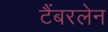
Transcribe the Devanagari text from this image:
टैंबरलेन